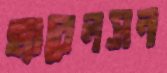
হ্যারেলসন